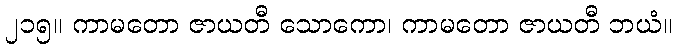
၂၁၅။ ကာမတော ဇာယတီ သောကော၊ ကာမတော ဇာယတီ ဘယံ။